Lunatic asylums Bombay report 1878-1890 - 1878-1890
Year: 1878
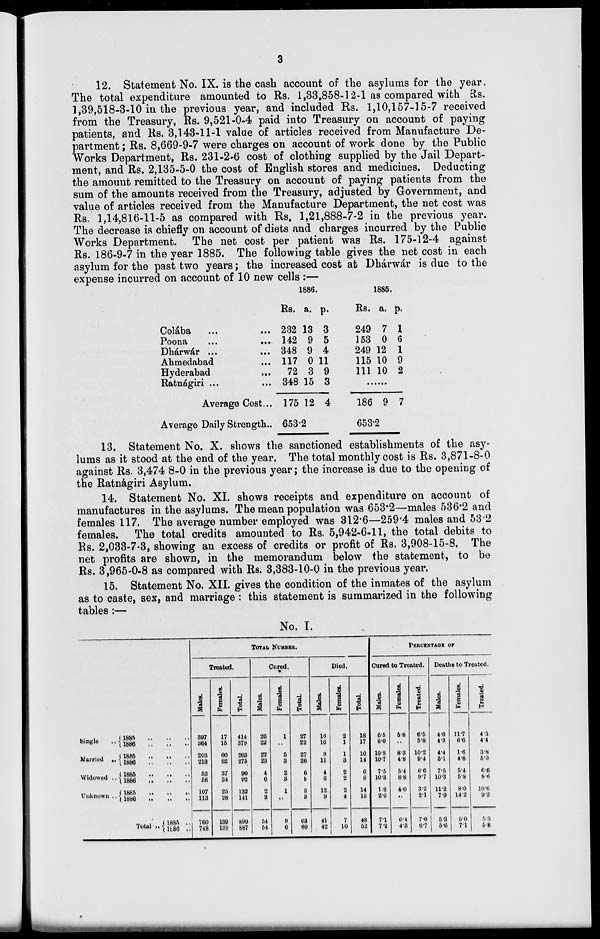
3
12. Statement No. IX. is the cash account of the asylums for the year.
The total expenditure amounted to Rs. 1,33,858-12-1 as compared with Rs
1,39,518-3-10 in the previous year, and included Rs. 1,10,157-15-7 received
from the Treasury, Rs. 9,521-0-4 paid into Treasury on account of paying
patients, and Rs. 3,143-11-1 value of articles received from Manufacture De-
partment; Rs. 8,669-9-7 were charges on account of work done by the Public
Works Department, Rs. 231-2-6 cost of clothing supplied by the Jail Depart-
ment, and Rs. 2,135-5-0 the cost of English stores and medicines. Deducting
the amount remitted to the Treasury on account of paying patients from the
sum of the amounts received from the Treasury, adjusted by Government, and
value of articles received from the Manufacture Department, the net cost was
Rs. 1,14,816-11-5 as compared with Rs, 1,21,888-7-2 in the previous year.
The decrease is chiefly on account of diets and charges incurred by the Public
Works Department. The net cost per patient was Rs. 175-12-4 against
Rs. 186-9-7 in the year 1885. The following table gives the net cost in each
asylum for the past two years; the increased cost at Dhárwár is due to the
expense incurred on account of 10 new cells :—
Colába ... ...
Poona
...
...
Dhárwár
...
...
Ahmedabad ...
Hyderabad
...
Ratnágiri ... ...
Average Cost...
Average Daily Strength...
1886
Rs.
232
142
348
117
72
348
175
a.
13
9
9
0
3
15
12
p.
3
5
4
11
9
3
4
653.2
1885
Rs.
249
153
249
115
111
a.
7
0
12
10
10
p.
1
6
1
9
2
......
186 9 7
653.2
13. Statement No. X. shows the sanctioned establishments of the asy-
lums as it stood at the end of the year. The total monthly cost is Rs. 3,871-8-0
against Rs. 3,474 8-0 in the previous year; the increase is due to the opening of
the Ratnágiri Asylum.
14. Statement No. XI. shows receipts and expenditure on account of
manufactures in the asylums. The mean population was 653.2—males 536.2 and
females 117. The average number employed was 312.6—259.4 males and 53.2
females. The total credits amounted to Rs. 5,942-6-11, the total debits to
Rs. 2,033-7-3, showing an excess of credits or profit of Rs. 3,908-15-8. The
net profits are shown, in the memorandum below the statement, to be
Rs. 3,965-0-8 as compared with Rs. 3,383-10-0 in the previous year.
15. Statement No. XII. gives the condition of the inmates of the asylum
as to caste, sex, and marriage : this statement is summarized in the following
tables :—
No. I.
Single ..
Married ..
Widowed ..
Unknown ..
1885
..
..
..
1886
..
..
..
1885 .. .. ..
1886
..
..
..
1885
..
..
..
1886 .. .. ..
1885 .. .. ..
1886
..
..
..
Total ..
1885 .. .. ..
1886 .. .. ..
TOTAL NUMBER.
Treated.
Males.
397
364
203
213
53
58
107
113
760
748
Females.
17
15
60
62
37
34
25
28
139
139
Total.
414
379
263
275
90
92
133
141
899
887
Cured.
Males.
26
22
22
23
4
6
2
3
54
54
Females.
1
..
5
3
2
3
1
..
9
6
Total
27
22
27
26
6
9
3
3
63
60
Died.
Males.
16
16
9
11
4
6
12
9
41
42
Females.
2
1
1
3
2
2
2
4
7
10
Total.
18
17
10
14
6
8
14
13
48
52
PERCENTAGE OF
Cured to Treated.
Males.
6.5
6.0
10.8
10.7
7.5
10.3
1.8
2.6
7.1
7.2
Females.
5.8
..
8.3
4.8
5.4
8.8
4.0
..
6.4
4.3
Treated.
6.5
5.8
10.2
9.4
6.6
9.7
3.2
2.1
7.0
6.7
Deaths to Treated.
Males.
4.0
4.3
4.4
5.1
7.5
10.3
11.2
7.9
5.3
5.6
Females.
11.7
6.6
1.6
4.8
5.4
5.8
8.0
14.2
5.0
7.1
Treated.
4.3
4.4
3.8
5.0
6.6
8.6
10.6
9.2
5.3
5.8